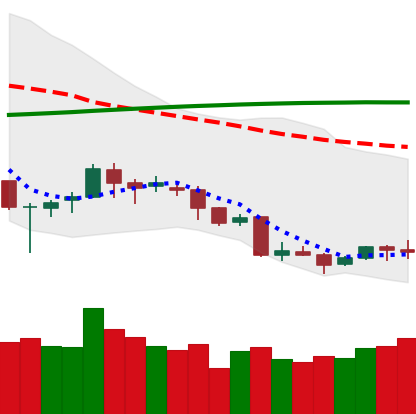
Ticker: LINK-USD
Chart end date: 2018-04-05
Forward return: 24.017%
Label: up_7plus